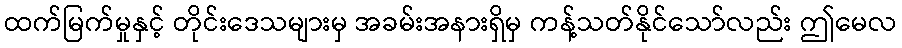
ထက်မြက်မှုနှင့် တိုင်းဒေသများမှ အခမ်းအနားရှိမှ ကန့်သတ်နိုင်သော်လည်း ဤမေလ